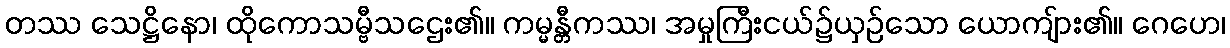
တဿ သေဋ္ဌိနော၊ ထိုကောသမ္ဗီသဌေး၏။ ကမ္မန္တီကဿ၊ အမှုကြီးငယ်၌ယှဉ်သော ယောကျ်ား၏။ ဂေဟေ၊